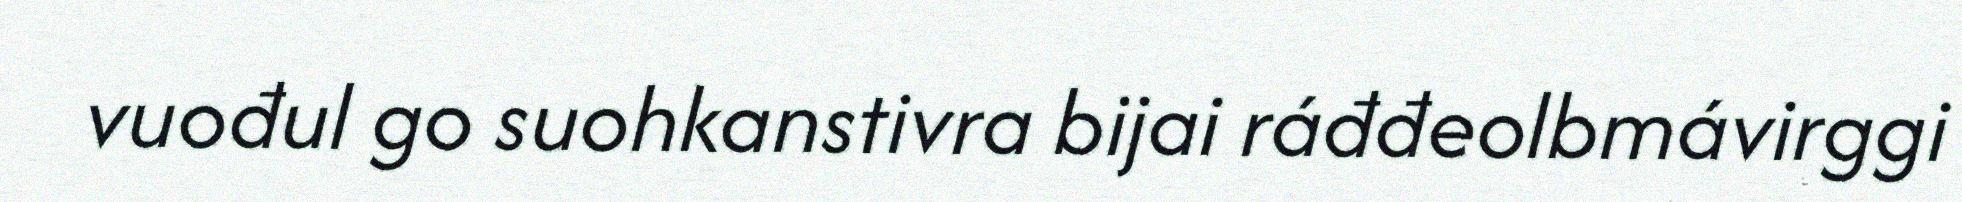
vuođul go suohkanstivra bijai ráđđeolbmávirggi